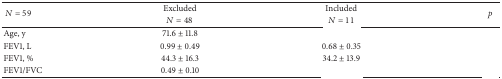
<table><thead><tr><td rowspan="2"><b> <i>N</i> = 59</b></td><td><b>Excluded</b></td><td><b>Included</b></td><td rowspan="2"><b><i>p</i></b></td></tr><tr><td><b><i>N</i> = 48</b></td><td><b><i>N</i> = 11</b></td></tr></thead><tbody><tr><td>Age, y</td><td>71.6 ± 11.8</td><td>[EMPTY_CELL]</td><td>[EMPTY_CELL]</td></tr><tr><td>FEV1, L</td><td>0.99 ± 0.49</td><td>0.68 ± 0.35</td><td>[EMPTY_CELL]</td></tr><tr><td>FEV1, %</td><td>44.3 ± 16.3</td><td>34.2 ± 13.9</td><td>[EMPTY_CELL]</td></tr><tr><td>FEV1/FVC</td><td>0.49 ± 0.10</td><td>[EMPTY_CELL]</td><td>[EMPTY_CELL]</td></tr></tbody></table>